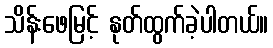
သိန်းဖေမြင့် နုတ်ထွက်ခဲ့ပါတယ်။